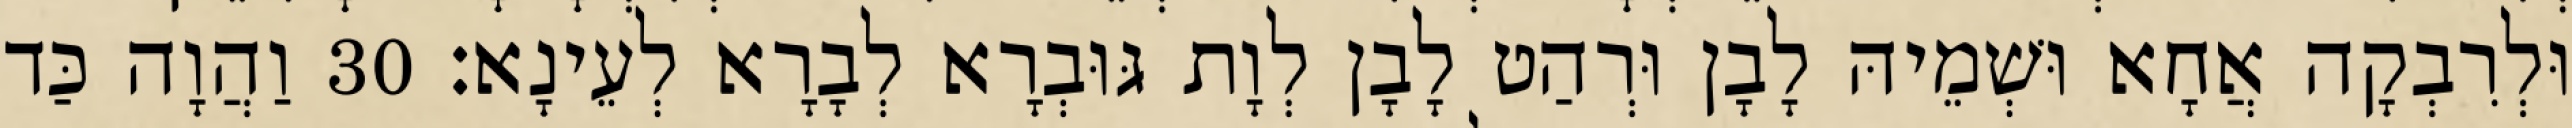
וּלְרִבְקָה אֲחָא וּשְׁמֵיהּ לָבָן וּרְהַט לָבָן לְוָת גּוּבְרָא לְבָרָא לְעֵינָא׃ 30 וַהֲוָה כַּד